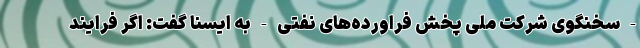
- سخنگوی شرکت ملی پخش فراورده‌های نفتی - به ایسنا گفت: اگر فرایند